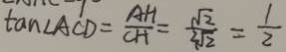
\tan \angle A C D = \frac { A H } { C H } = \frac { \sqrt { 2 } } { 2 \sqrt { 2 } } = \frac { 1 } { 2 }